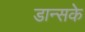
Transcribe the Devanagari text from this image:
डान्सके